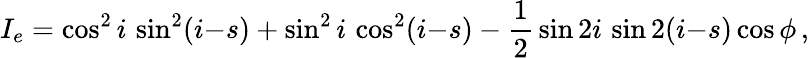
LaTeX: I_{e}=\cos^{2}i\, \sin^{2}(i{-}s)+\sin^{2}i\, \cos^{2}(i{-}s)-{\frac{1}{2}}\sin 2i\, \sin 2(i{-}s)\cos\phi\, ,